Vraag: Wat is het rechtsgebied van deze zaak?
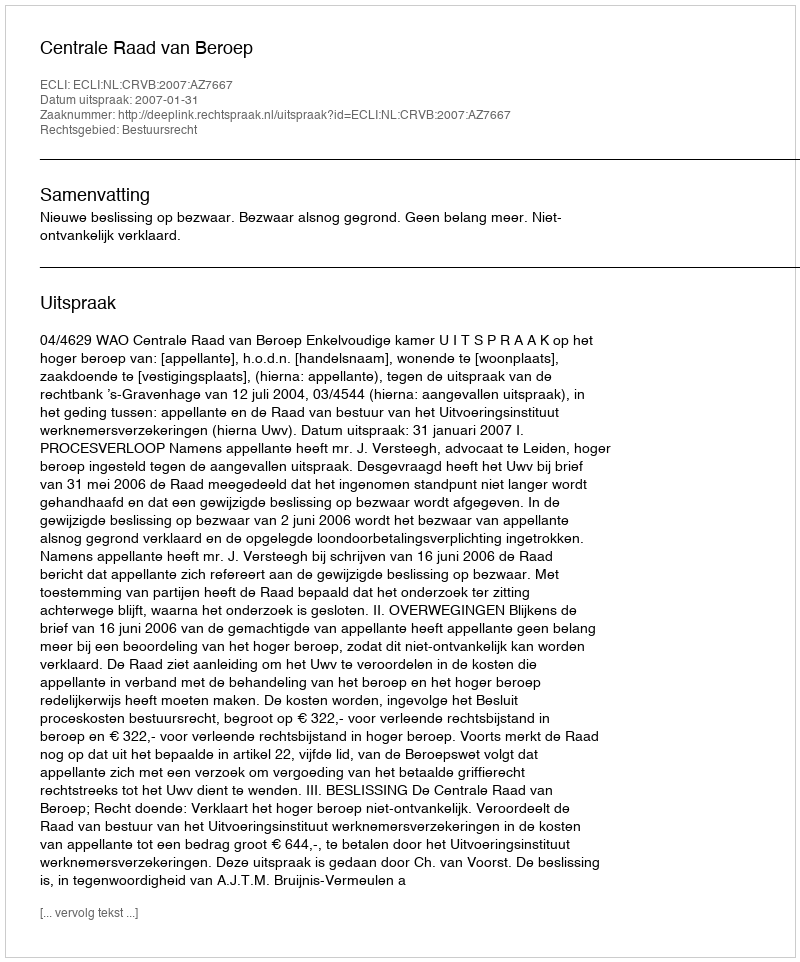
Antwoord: Bestuursrecht